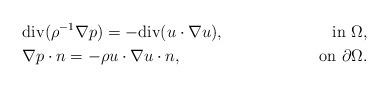
LaTeX: \begin{align*}&{\rm div}(\rho^{-1}\nabla p)=-{\rm div}(u\cdot\nabla u), &{\rm in}\ \Omega, \\&\nabla p\cdot n = -\rho u\cdot\nabla u\cdot n, &{\rm on}\ \partial\Omega.\end{align*}